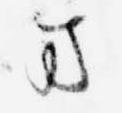
ま